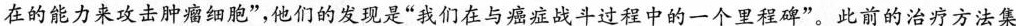
在的能力来攻击肿瘤细胞”，他们的发现是“我们在与癌症战斗过程中的一个里程碑”。此前的治疗方法集